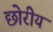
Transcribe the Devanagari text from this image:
छोरीय